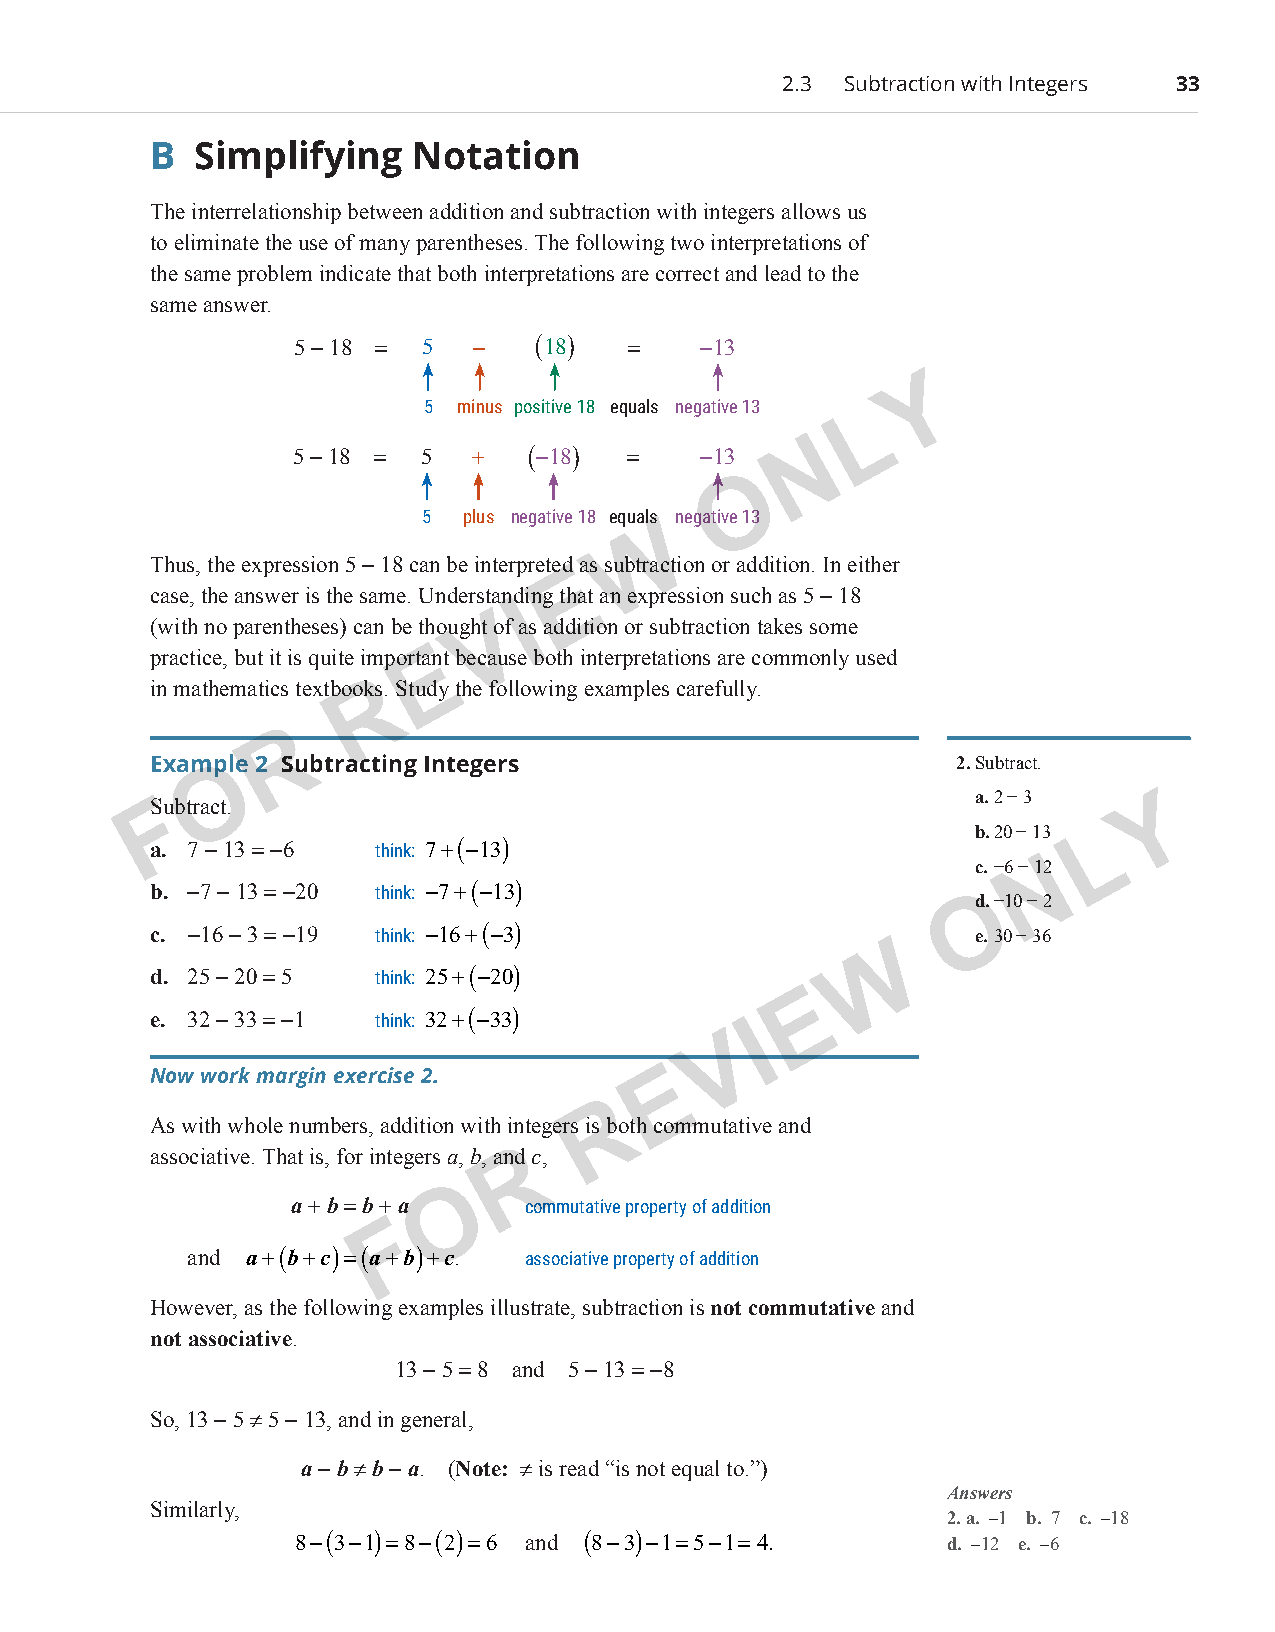
2.3 Subtraction with Integers 33
 B  Simplifying    Notation
 The interrelationship between addition and subtraction with integers allows us
 to eliminate the use of many parentheses. The following two interpretations of
 the same problem indicate that both interpretations are correct and lead to the
 same answer.
 5 − 18 = 5  −   (18)  =    −13
 Y
 5 minus positive 18 equals negative 13
 L
 N
 5 − 18 = 5 +   (−18)  =    −13
 O
 5  plus negative 18 equals ne gative 13
 W
 Thus, the expression 5 − 18 can be interpreted as subtraction or addition. In either
 E
 case, the answer is the same. Understanding that an expression such as 5 − 18
 I
 (with no parentheses) can be thoughtV of as addition or subtraction takes some
 practice, but it is quite importaEnt because both interpretations are commonly used
 in mathematics textbookRs. Study the following examples carefully.
 R
 Example 2 Subtracting Integers                        2. Subtract.
 O
 SFubtract.                                             a. 2 − 3    Y
 b. 20 − 13 L
 a. 7 − 13 = −6 think: 7+(−13)
 c. −6 − 1N2
 b. −7 − 13 = −20 think: −7+(−13)                      Od. −10 − 2
 c. − 16 − 3 = −19 think: −16+(−3)                      e. 30 − 36
 W
 d. 25 − 20 = 5 think: 25+(−20)
 E
 e. 32 − 33 = −1 think: 32+(−33)
 I
 V
 Now work margin exercise 2.       E
 R
 As with whole numbers, addition with integers is both commutative and
 associative. That is, for integers a, b, anRd c,
 O
 a + b = b + a   commutative property of addition
 F
 and a+(b+c)=(a+b)+c.  associative property of addition
 However, as the following examples illustrate, subtraction is not commutative and
 not associative.
 13 − 5 = 8 and 5 − 13 = −8
 So, 13 − 5 ≠ 5 − 13, and in general,
 a − b ≠ b − a. (Note: ≠ is read “is not equal to.”)
 Answers
 Similarly,
 2. a. −1 b. 7 c. −18
 8−(3−1)=8−(2)=6 and (8−3)−1=5−1=4.         d. −12 e. −6
 PCM_Marketing_Booklet.indb 33                                            10/11/2017 9:59:15 AM